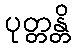
ပုတ္တန္တိ